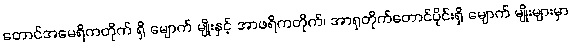
တောင်အမေရိကတိုက် ရှိ မျောက် မျိုးနှင့် အာဖရိကတိုက်၊ အာရှတိုက်တောင်ပိုင်းရှိ မျောက် မျိုးများမှာ